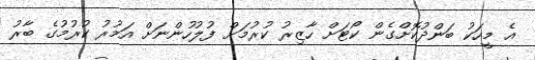
އެ މީހަކު ބަންދުކޮށްގެން ކޯޓަށް ހާޒިރު ކުރުމަށް ފުލުހުންނަށް އަމުރު ކުރުމުގެ ބާރު